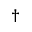
^ { \dag }